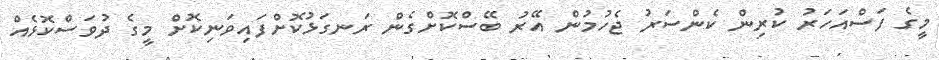
މީގެ ފަސްއަހަރު ކުރިން ކެންސަރު ޖެހުމުން އޭރު ބޭސްކޮށްގެން ރަނގަޅުކޮށްފައިވަނިކޮށް މީގެ ދުވަސްކޮޅެއް